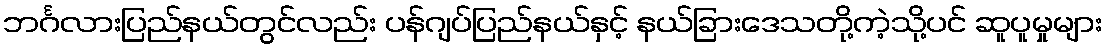
ဘင်္ဂလားပြည်နယ်တွင်လည်း ပန်ဂျပ်ပြည်နယ်နှင့် နယ်ခြားဒေသတို့ကဲ့သို့ပင် ဆူပူမှုများ